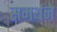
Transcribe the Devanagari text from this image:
समर्थने